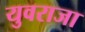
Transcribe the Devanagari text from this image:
युवराजा